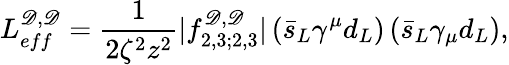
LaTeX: L_{eff}^{\mathscr{D},\mathscr{D}}=\frac{{1}}{{2\zeta^{2}z^{2}}}|f_{2,3;2,3}^{\mathscr{D},\mathscr{D}}|\left(\bar{{s}}_{L}\gamma^{\mu}d_{L}\right)\left(\bar{{s}}_{L}\gamma_{\mu}d_{L}\right),